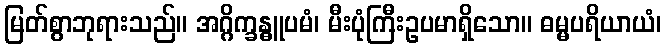
မြတ်စွာဘုရားသည်။ အဂ္ဂိက္ခန္ဓူပမံ၊ မီးပုံကြီးဥပမာရှိသော။ ဓမ္မပရိယာယံ၊